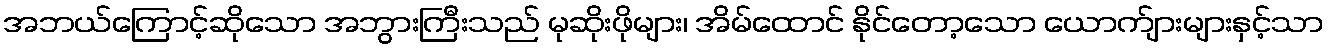
အဘယ်ကြောင့်ဆိုသော အဘွားကြီးသည် မုဆိုးဖိုများ၊ အိမ်ထောင် နိုင်တော့သော ယောက်ျားများနှင့်သာ